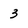
Character: 3